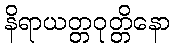
နိရာယတ္တဝုတ္တိနော